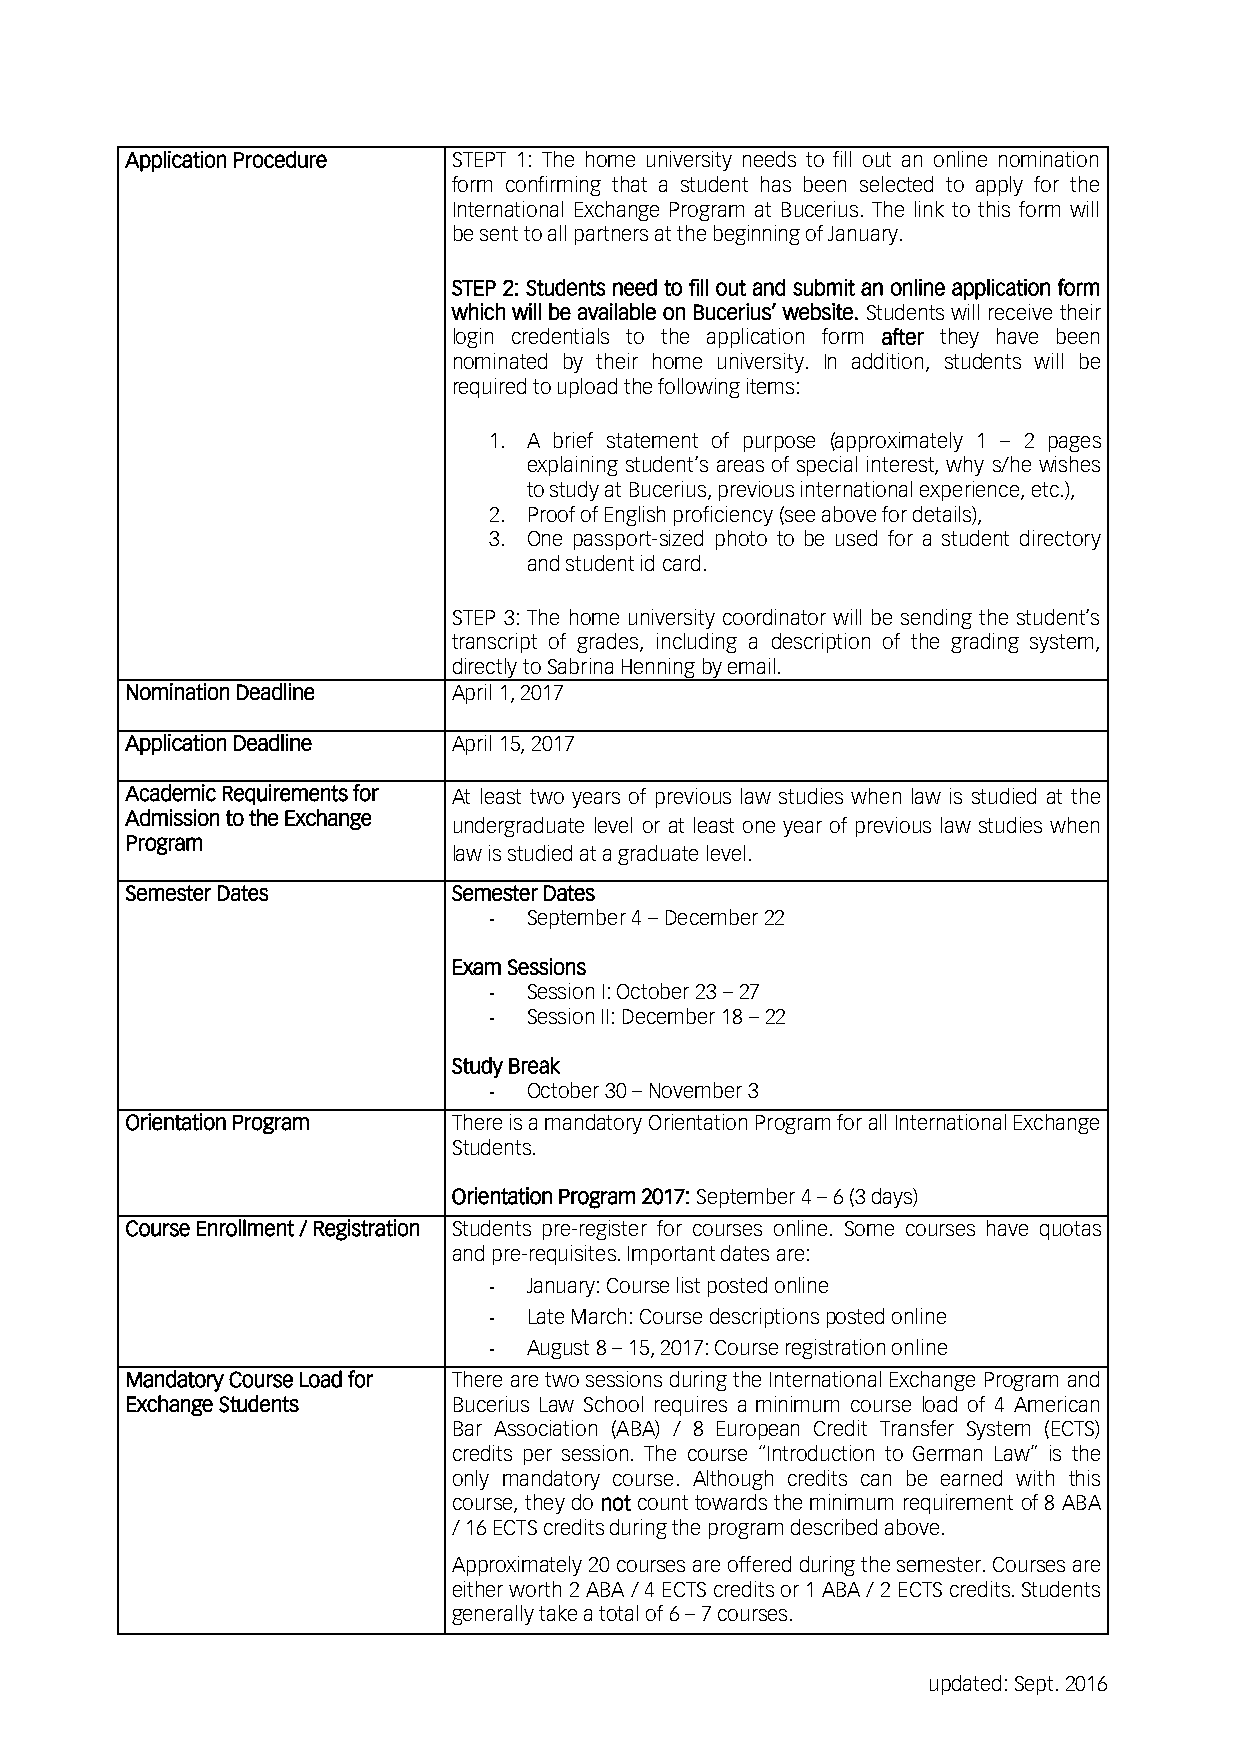
Application Procedure STEPT 1: The home university needs to fill out an online nomination
 form confirming that a student has been selected to apply for the
 International Exchange Program at Bucerius. The link to this form will
 be sent to all partners at the beginning of January.
 STEP 2: Students need to fill out and submit an online application form
 which will be available on Bucerius’ website. Students will receive their
 login credentials to the application form after they have been
 nominated by their home university. In addition, students will be
 required to upload the following items:
 1. A brief statement of purpose (approximately 1 – 2 pages
 explaining student’s areas of special interest, why s/he wishes
 to study at Bucerius, previous international experience, etc.),
 2. Proof of English proficiency (see above for details),
 3. One passport-sized photo to be used for a student directory
 and student id card.
 STEP 3: The home university coordinator will be sending the student’s
 transcript of grades, including a description of the grading system,
 directly to Sabrina Henning by email.
 Nomination Deadline   April 1, 2017
 Application Deadline  April 15, 2017
 Academic Requirements for At least two years of previous law studies when law is studied at the
 Admission to the Exchange
 undergraduate level or at least one year of previous law studies when
 Program
 law is studied at a graduate level.
 Semester Dates        Semester Dates
 -  September 4 – December 22
 Exam Sessions
 -  Session I: October 23 – 27
 -  Session II: December 18 – 22
 Study Break
 -  October 30 – November 3
 Orientation Program   There is a mandatory Orientation Program for all International Exchange
 Students.
 Orientation Program 2017: September 4 – 6 (3 days)
 Course Enrollment / Registration Students pre-register for courses online. Some courses have quotas
 and pre-requisites. Important dates are:
 -  January: Course list posted online
 -  Late March: Course descriptions posted online
 -  August 8 – 15, 2017: Course registration online
 Mandatory Course Load for There are two sessions during the International Exchange Program and
 Exchange Students     Bucerius Law School requires a minimum course load of 4 American
 Bar Association (ABA) / 8 European Credit Transfer System (ECTS)
 credits per session. The course “Introduction to German Law” is the
 only mandatory course. Although credits can be earned with this
 course, they do not count towards the minimum requirement of 8 ABA
 / 16 ECTS credits during the program described above.
 Approximately 20 courses are offered during the semester. Courses are
 either worth 2 ABA / 4 ECTS credits or 1 ABA / 2 ECTS credits. Students
 generally take a total of 6 – 7 courses.
 updated: Sept. 2016